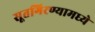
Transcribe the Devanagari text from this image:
सूतगिरण्यामध्ये